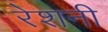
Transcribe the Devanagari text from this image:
रेशनी